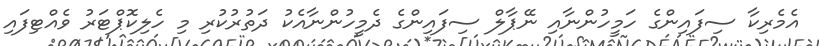
އެމެރިކާ ސިފައިންގެ ހަމީހުންނާއި ނޭޕާލް ސިފައިންގެ ދެމީހުންނާއެކު ދަތުރުކުރި މި ހެލިކޮޕްޓަރު ވެއްޓިފައި